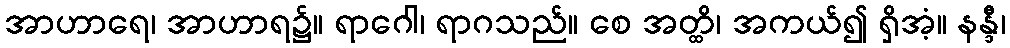
အာဟာရေ၊ အာဟာရ၌။ ရာဂေါ၊ ရာဂသည်။ စေ အတ္ထိ၊ အကယ်၍ ရှိအံ့။ နန္ဒီ၊